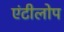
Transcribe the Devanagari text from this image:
एंटीलोप